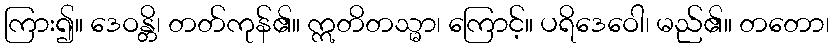
ကြား၍။ ဒေဝန္တိ၊ တတ်ကုန်၏။ ဣတိတသ္မာ၊ ကြောင့်။ ပရိဒေဝေါ၊ မည်၏။ တတော၊